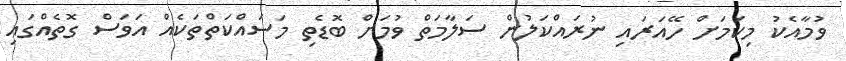
ވުމާއެކު މިކަމަށް ހޭއަރައި ނުރައްކަލުން ސަލާމަތް ވުމަށް ބޮޑެތި މަސައްކަތްތަކެއް އަވަސް ގޮތެއްގައި